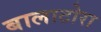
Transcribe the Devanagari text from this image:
बालाटोरा